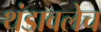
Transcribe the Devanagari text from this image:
थंडावलेच